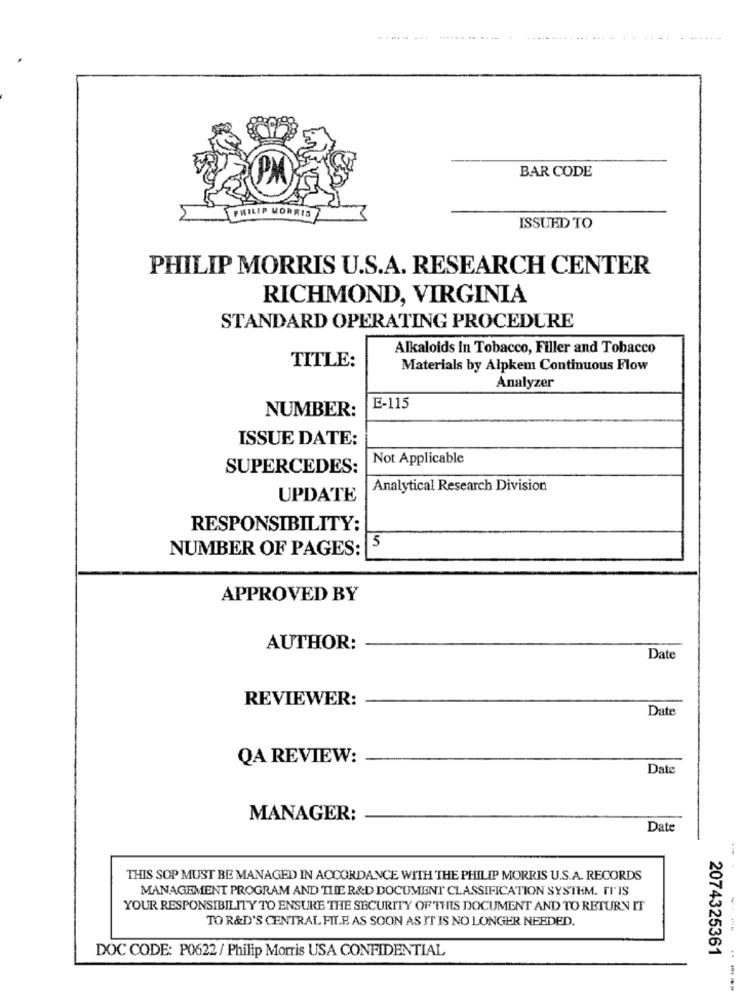
BAR CODE
PHILIP MORRIS
ISSUED TO
PHILIP MORRIS U.S.A. RESEARCH CENTER
RICHMOND, VIRGINIA
STANDARD OPERATING PROCEDURE
Alkaloids In Tobacco, Filler and Tobacco
TITLE:
Materials by Alpkem Continuous Flow
Analyzer
NUMBER:
E-115
ISSUE DATE:
Not Applicable
SUPERCEDES:
Analytical Research Division
UPDATE
RESPONSIBILITY:
5
NUMBER OF PAGES:
APPROVED BY
AUTHOR:
Date
REVIEWER:
Date
QA REVIEW:
Date
MANAGER:
Date
THIS SOP MUST BE MANAGED IN ACCORDANCE WITH THE PHILIP MORRIS U.S.A. RECORDS
MANAGEMENT PROGRAM AND THE R&D DOCUMENT CLASSIFICATION SYSTEM. FI'IS
YOUR RESPONSIBILITY TO ENSURE THE SECURITY OF THIS DOCUMENT AND TO RETURN IT
TO R&D'S CENTRAL FILE AS SOON AS IT IS NO LONGER NEEDED.
DOC CODE: P0622 / Philip Morris USA CONFIDENTIAL
2074325361
----